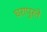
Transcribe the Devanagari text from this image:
घरापुरते